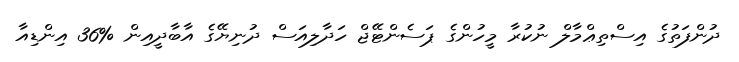
ދުންފަތުގެ އިސްތިޢްމާލް ނުކުރާ މީހުންގެ ޕަސެންޓޭޖް ހަދާލިއަސް ދުނިޔޭގެ އާބާދީއިން %36 އިންޑިއާ